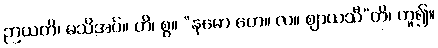
ဉာယတိ၊ မသိအပ်။ ဟိ၊ စွ။ “နမော တေ။ လ။ ဈာယသီ”တိ၊ ဟူ၍။